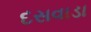
દસવાડા